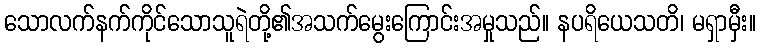
သောလက်နက်ကိုင်သောသူရဲတို့၏အသက်မွေးကြောင်းအမှုသည်။ နပရိယေသတိ၊ မရှာမှီး။